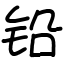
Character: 铅